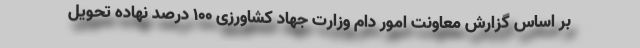
بر اساس گزارش معاونت امور دام وزارت جهاد کشاورزی ۱۰۰ درصد نهاده تحویل